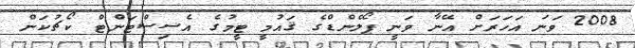
2008 ވަނަ އަހަރަށް އޭނާ ވަނީ ޕޯލެންޑްގެ ޤައުމީ ޓީމުގެ އެސިސްޓަންޓް ކޯޗުކަން